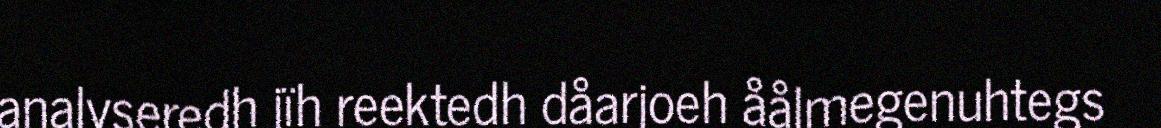
analyseredh jïh reektedh dåarjoeh åålmegenuhtegs